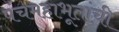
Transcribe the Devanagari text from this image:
पंचमहाभूतांची